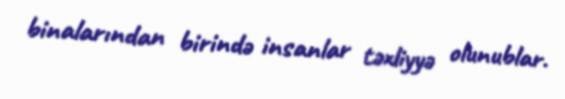
binalarından birində insanlar təxliyyə olunublar.